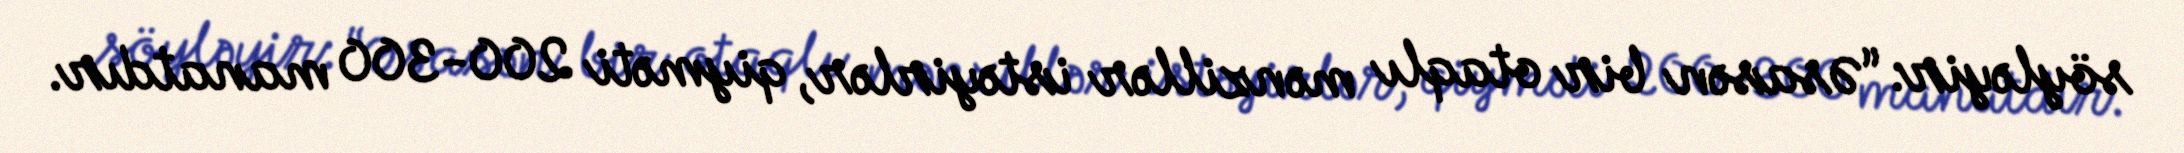
söyləyir: “Əsasən bir otaqlı mənzillər istəyirlər, qiyməti 200-300 manatdır.